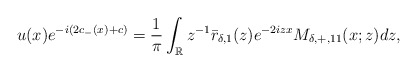
\begin{align*}\begin{aligned}u(x)e^{-i(2c_-(x)+c)}&=\frac{1}{\pi} \int_{\mathbb{R}} z^{-1}\bar{r}_{\delta,1}(z) e^{-2izx} M_{\delta,+,11}(x;z) dz,\end{aligned}\end{align*}